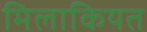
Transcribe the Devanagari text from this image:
मिलाकियत